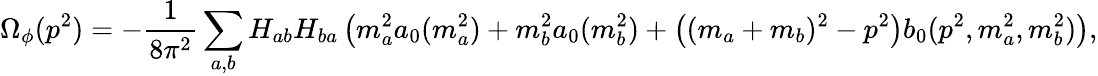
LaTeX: \Omega_{\phi}(p^{2})=-\frac{1}{8\pi^{2}}\sum_{a,b}H_{ab}H_{ba}\left(m_{a}^{2}a_{0}(m_{a}^{2})+m_{b}^{2}a_{0}(m_{b}^{2})+\left((m_{a}+m_{b})^{2}-p^{2}\right)b_{0}(p^{2},m_{a}^{2},m_{b}^{2})\right),